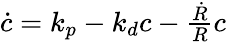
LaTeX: \begin{array}{r}{\dot{c}=k_{p}-k_{d}c-\frac{\dot{R}}{R}c}\end{array}